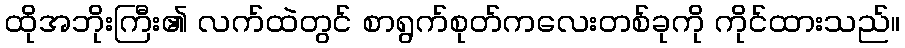
ထိုအဘိုးကြီး၏ လက်ထဲတွင် စာရွက်စုတ်ကလေးတစ်ခုကို ကိုင်ထားသည်။